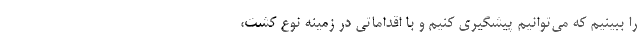
را ببینیم که می‌توانیم پیشگیری کنیم و با اقداماتی در زمینه نوع کشت،